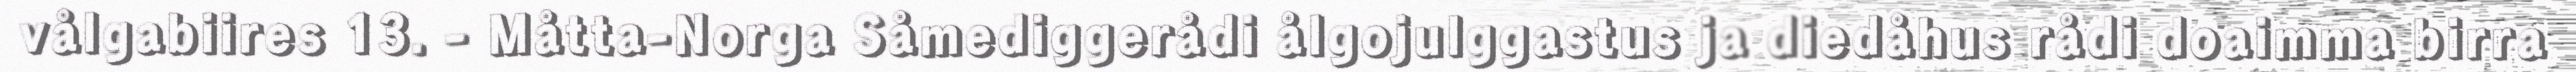
vålgabiires 13. - Måtta-Norga Såmediggerådi ålgojulggastus ja diedåhus rådi doaimma birra